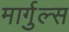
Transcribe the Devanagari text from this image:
मार्गुल्स